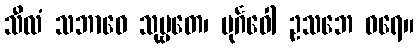
သီလံ သဘာဝေ သုဗ္ဗတေ၊ ပုင်္ဂဝေါ ဥသဘေ ဝရေ။